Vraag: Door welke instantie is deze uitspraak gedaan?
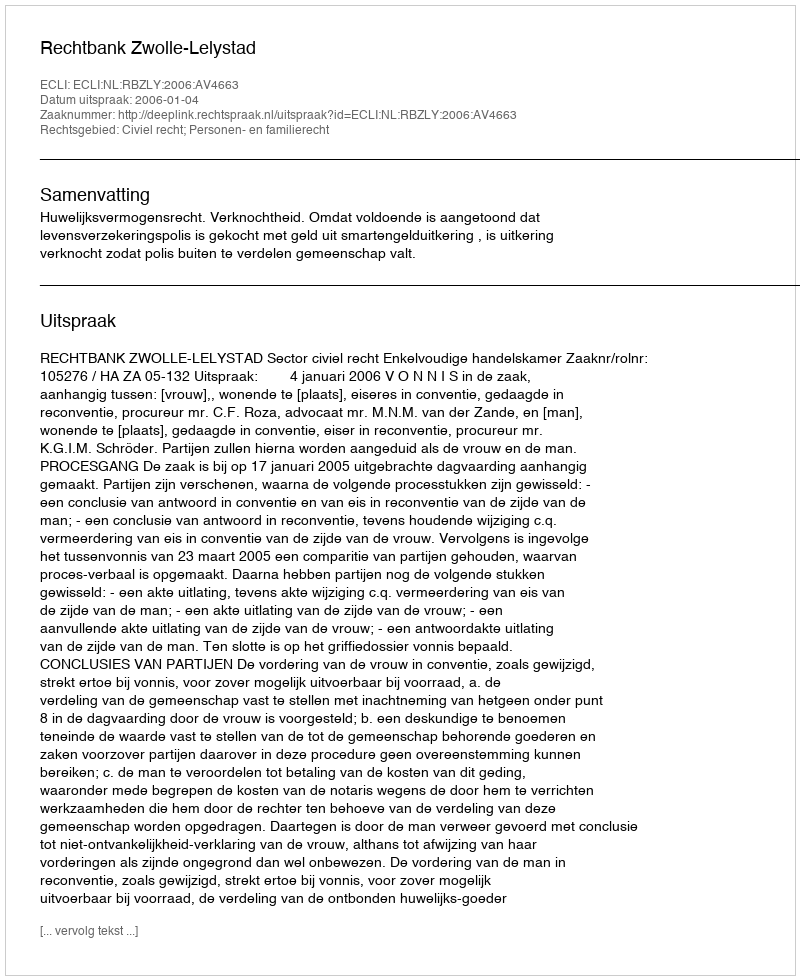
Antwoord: Rechtbank Zwolle-Lelystad